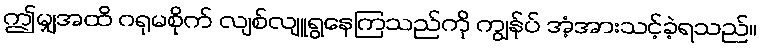
ဤမျှအထိ ဂရုမစိုက် လျစ်လျူရွနေကြသည်ကို ကျွန်ုပ် အံ့အားသင့်ခဲ့ရသည်။